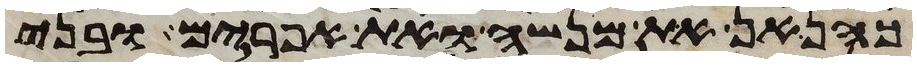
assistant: כהנאן את מנשה ואת אפרים ובני